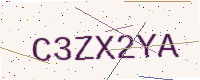
Text: C3ZX2YA